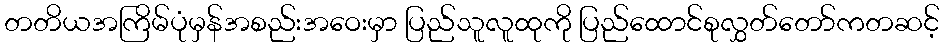
တတိယအကြိမ်ပုံမှန်အစည်းအဝေးမှာ ပြည်သူလူထုကို ပြည်ထောင်စုလွှတ်တော်ကတဆင့်